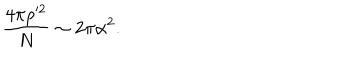
\frac { 4 \pi \rho ^ { \prime 2 } } { N } \sim 2 \pi \alpha ^ { 2 } .